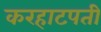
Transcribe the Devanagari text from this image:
करहाटपती